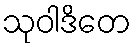
သုဝါဒိတေ